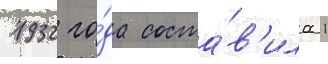
1932 го́да соста́в'ила 1